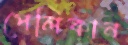
পেলিকান